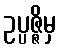
ဥပ္ပဇ္ဇိမှ